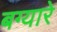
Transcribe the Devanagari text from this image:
बग्यारे